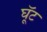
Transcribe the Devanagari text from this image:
घूॅट